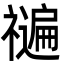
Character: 𮂝